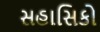
સહાસિકો